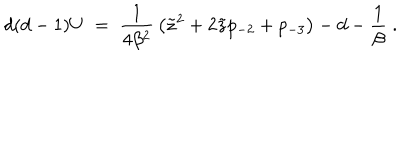
LaTeX: d ( d - 1 ) U \; = \; { \frac { 1 } { 4 \beta ^ { 2 } } } \left( \tilde { z } ^ { 2 } + 2 \tilde { z } p _ { - 2 } + p _ { - 3 } \right) - d - { \frac { 1 } { \beta } } \; .